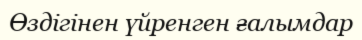
Өздігінен үйренген ғалымдар